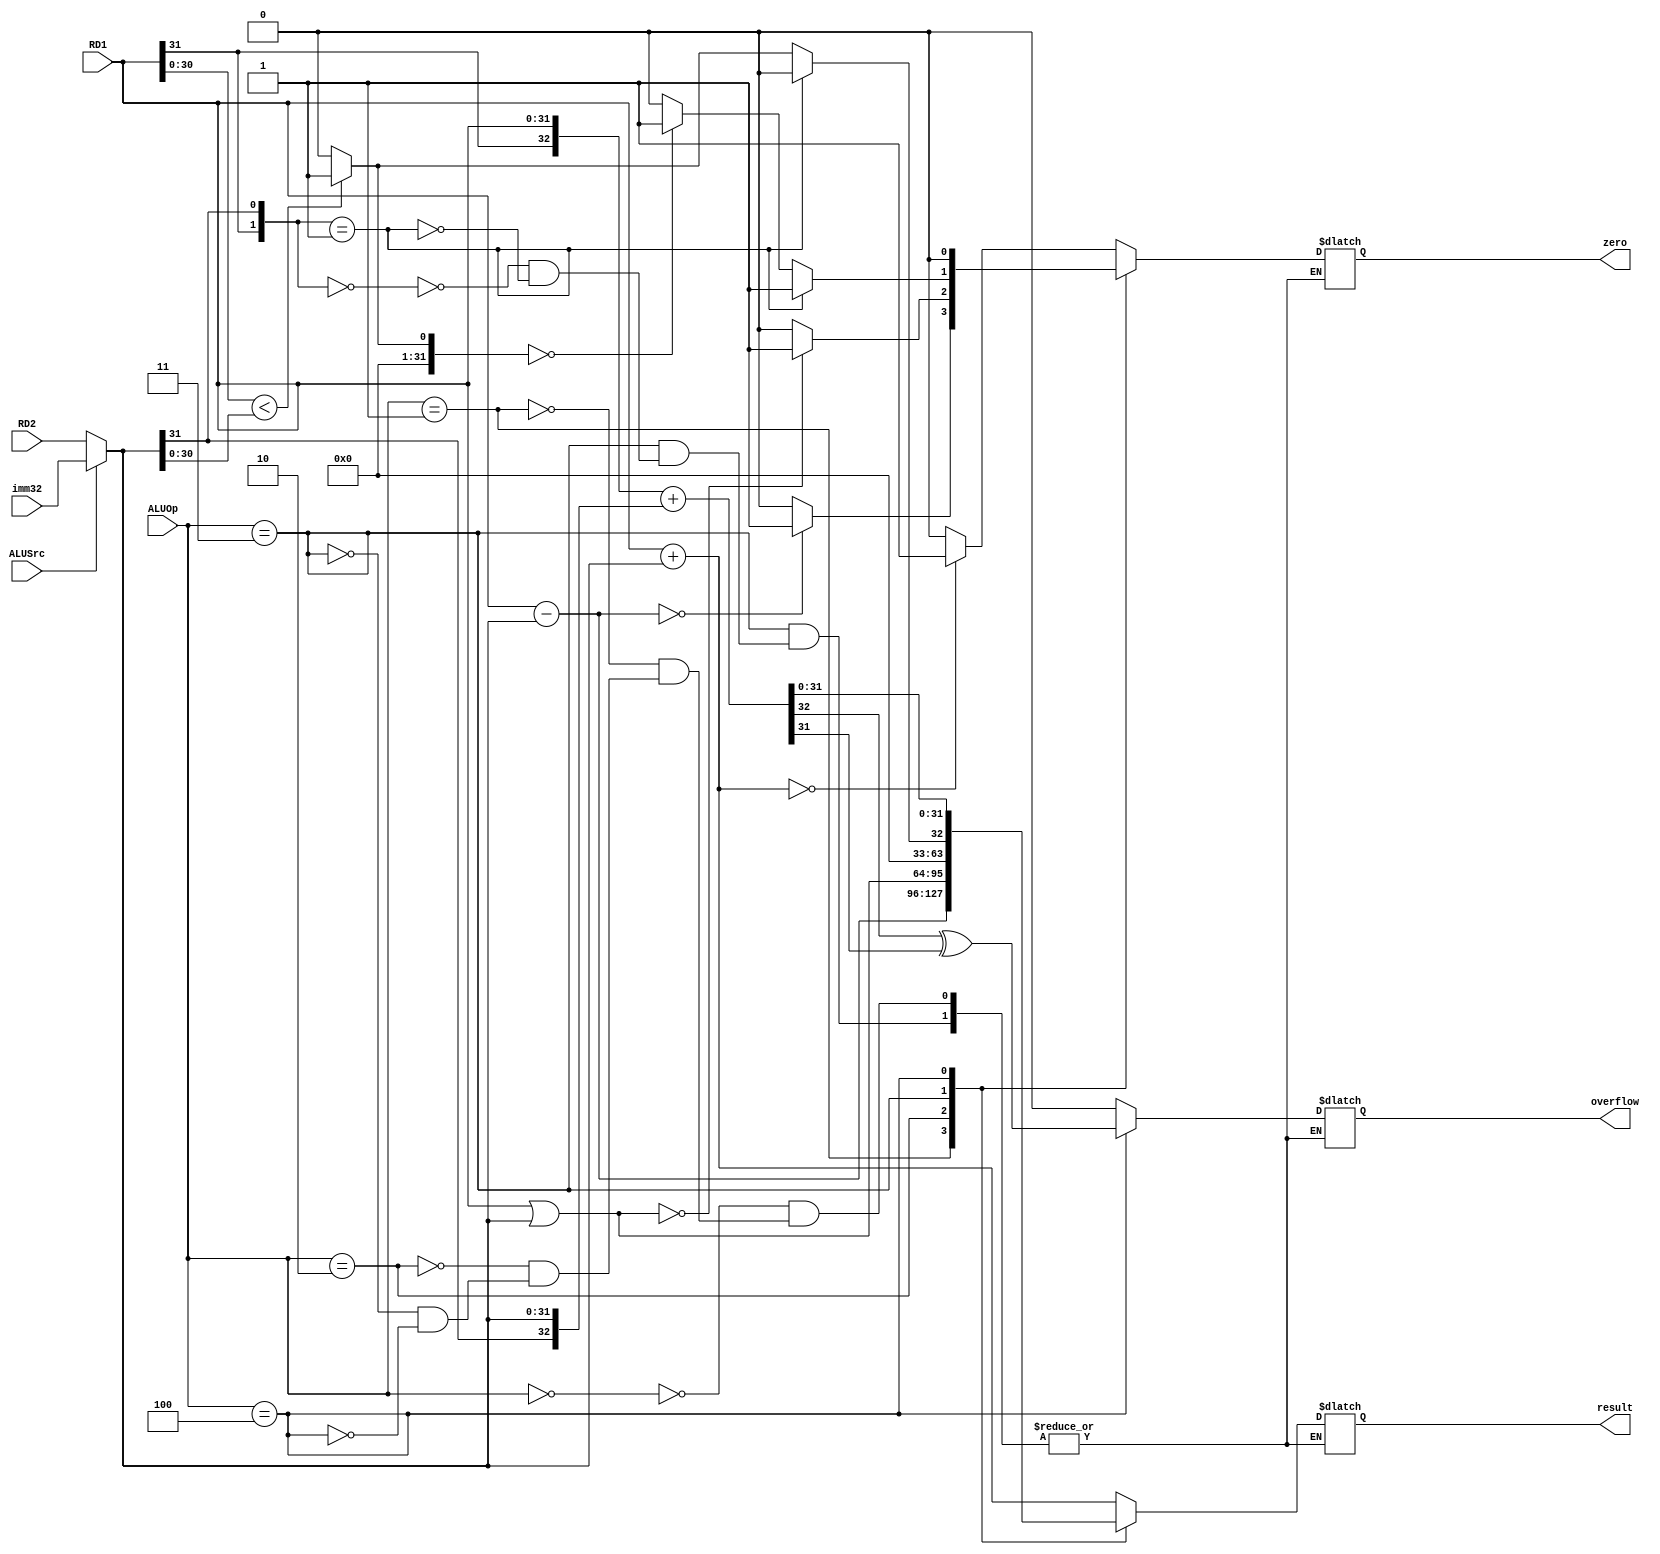
module ALU( 
  input [31:0] RD1, RD2, imm32,
  input ALUSrc,
  input [2:0] ALUOp,
  output reg zero,
  output reg overflow,
  output reg [31:0] result
);
  reg [32:0] addi;
  wire [31:0] B;
  assign B = (ALUSrc == 0)? RD2: imm32;
  always @(*) begin
    case (ALUOp)
      3'b000:   //add, addu, addiu
      begin
        result = RD1 + B;
        zero = (result == 0)? 1: 0;
        overflow = 0;
      end
      3'b001:   //sub, subu, beq
      begin
        result = RD1 - B;
        zero = (result == 0)? 1: 0;
        overflow = 0;
      end
      3'b010:   //ori, lui
      begin
        result = RD1 | B;
        zero = (result == 0)? 1: 0;
        overflow = 0;
      end
      3'b011:   //slt (if (rs < rt) rd = 1 else rd = 0) A < B
      begin
        case ({RD1[31], B[31]})
          00:
          begin
            result = (RD1[30:0] < B[30:0])? 1: 0;
            zero = (result == 0)? 1: 0;
            overflow = 0;
          end
          01:
          begin
            result = 0;
            zero = 1;
            overflow = 0;
          end
          10:
          begin
            result = 1;
            zero = 0;
            overflow = 0; 
          end
          11:
          begin
            result = (RD1[30:0] < B[30:0])? 0: 1;
            zero = (result == 0)? 1: 0;
            overflow = 0;
          end
        endcase       
      end
      3'b100:   //addi
      begin 
        addi = {RD1[31], RD1} + {B[31], B};
        overflow = addi[32] ^ addi[31];
        result = addi[31:0];
        zero = 0;
      end
    endcase
  end
endmodule